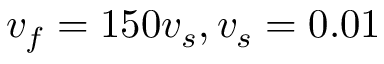
v _ { f } = 1 5 0 v _ { s } , v _ { s } = 0 . 0 1